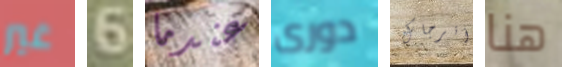
غير 6 عندما دورى أترجاك هنا